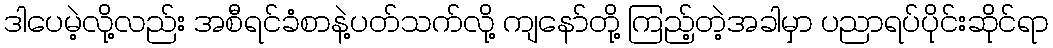
ဒါပေမဲ့လို့လည်း အစီရင်ခံစာနဲ့ပတ်သက်လို့ ကျနော်တို့ ကြည့်တဲ့အခါမှာ ပညာရပ်ပိုင်းဆိုင်ရာ